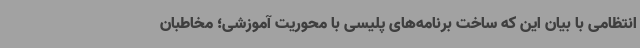
انتظامی با بیان این که ساخت برنامه‌های پلیسی با محوریت آموزشی؛ مخاطبان